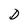
Character: D